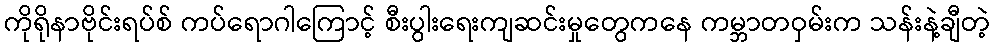
ကိုရိုနာဗိုင်းရပ်စ် ကပ်ရောဂါကြောင့် စီးပွါးရေးကျဆင်းမှုတွေကနေ ကမ္ဘာတဝှမ်းက သန်းနဲ့ချီတဲ့